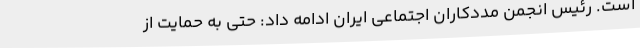
است. رئیس انجمن مددکاران اجتماعی ایران ادامه داد: حتی به حمایت از